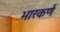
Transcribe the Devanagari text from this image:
भारकर्ण